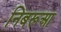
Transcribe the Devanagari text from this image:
निबरूआ